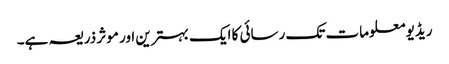
ریڈیو معلومات تک رسائی کا ایک بہترین اور موثر ذریعہ ہے۔